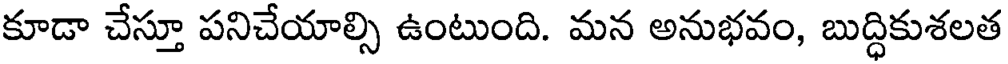
కూడా చేస్తూ పనిచేయాల్సి ఉంటుంది. మన అనుభవం, బుద్ధికుశలత